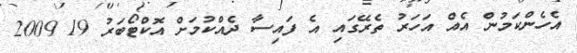
އެހެންކަމުން އެއް އަހަރު ތެރޭގައި އެ ފައިސާ ދެއްކުމަށް އޮކްޓޯބަރު 19 2009